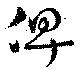
俾